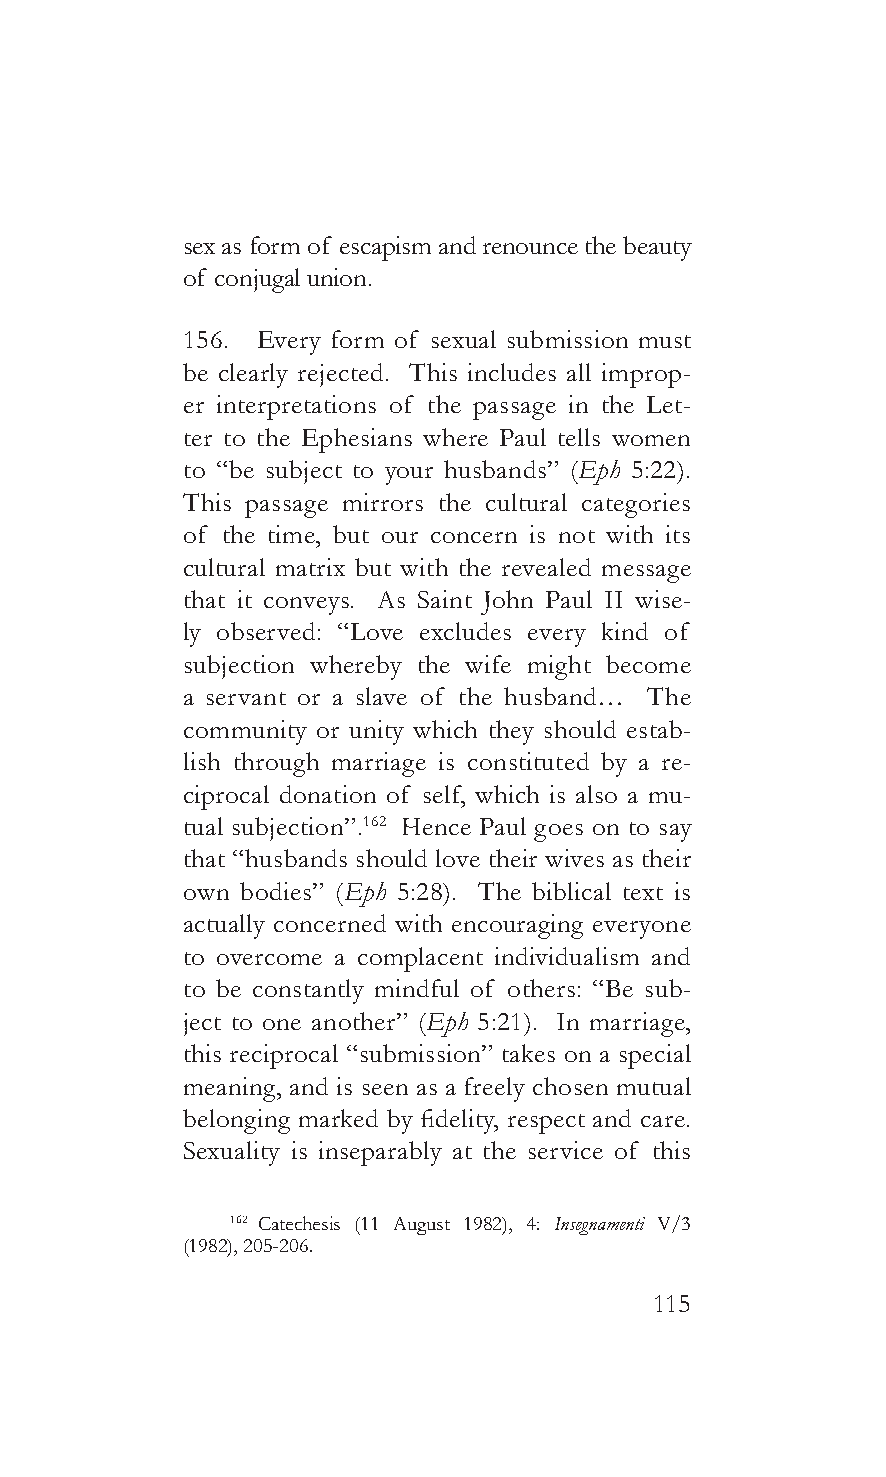
sex as form of escapism and renounce the beauty
 of conjugal union.
 156. Every form of sexual submission must
 be clearly rejected. This includes all improp-
 er interpretations of the passage in the Let-
 ter to the Ephesians where Paul tells women
 to “be subject to your husbands” (Eph 5:22).
 This passage mirrors the cultural categories
 of the time, but our concern is not with its
 cultural matrix but with the revealed message
 that it conveys. As Saint John Paul II wise-
 ly observed: “Love excludes every kind of
 subjection whereby the wife might become
 a servant or a slave of the husband… The
 community or unity which they should estab-
 lish through marriage is constituted by a re-
 ciprocal donation of self, which is also a mu-
 tual subjection”.162 Hence Paul goes on to say
 that “husbands should love their wives as their
 own bodies” (Eph 5:28). The biblical text is
 actually concerned with encouraging everyone
 to overcome a complacent individualism and
 to be constantly mindful of others: “Be sub-
 ject to one another” (Eph 5:21). In marriage,
 this reciprocal “submission” takes on a special
 meaning, and is seen as a freely chosen mutual
 belonging marked by fidelity, respect and care.
 Sexuality is inseparably at the service of this
 162 Catechesis (11 August 1982), 4: Insegnamenti V/3
 (1982), 205-206.
 115